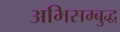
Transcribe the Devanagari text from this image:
अभिसम्बुद्ध